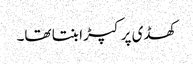
کھڈی پر کپڑا بنتا تھا۔